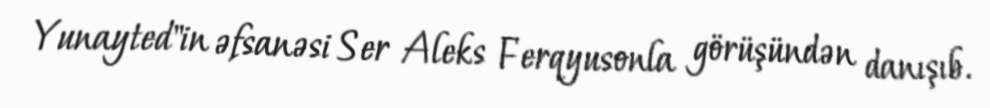
Yunayted"in əfsanəsi Ser Aleks Ferqyusonla görüşündən danışıb.